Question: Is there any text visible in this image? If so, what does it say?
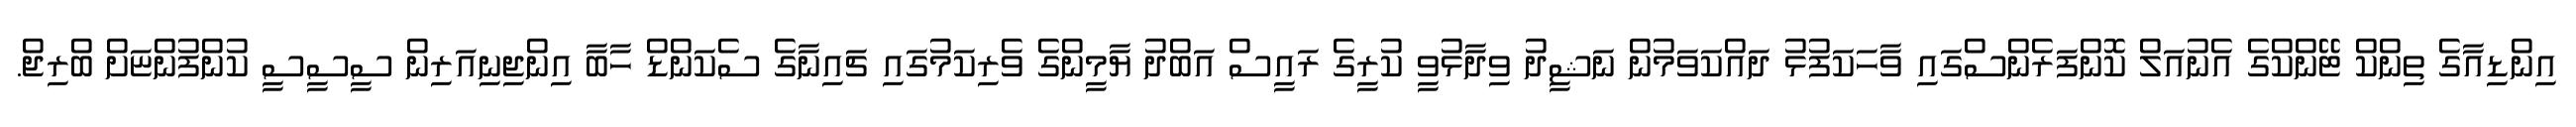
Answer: އިންޑިއާގެ ތިންކް ޓޭންކްގެ އެނުއަލް ކޮންފަރެންސްގައި ވާހަކަފުޅު ދައްކަވަމުން ނަޝީދު ވިދާޅުވީ ކުރީގެ ރައީސް އަބްދު ޔާމީންގެ ވެރިކަމުގައި ޗައިނާގެ ސެކަންޑް ހާބާ އިންޖިނިއަރިން ސީސީސީ ކުންފުންޏަށް ބްރިޖް.